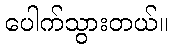
ပေါက်သွားတယ်။